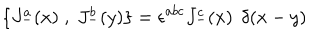
LaTeX: \{ J _ { - } ^ { a } ( x ) \; , \; J _ { - } ^ { b } ( y ) \} = \epsilon ^ { a b c } J _ { - } ^ { c } ( x ) \, \; \delta ( x - y )